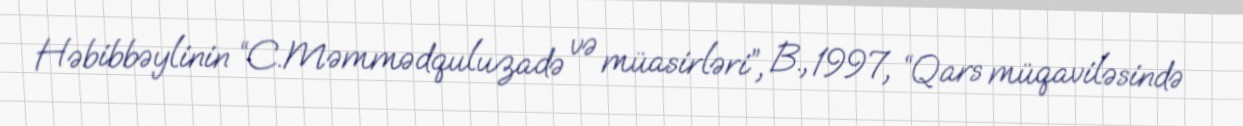
Həbibbəylinin “C.Məmmədquluzadə və müasirləri”, B., 1997, “Qars müqaviləsində